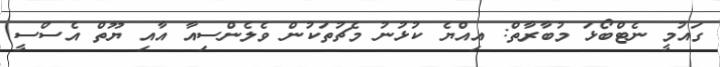
ގައުމީ ނެޓްބޯޅަ މުބާރާތް: އިއްޔެ ކުޅުނު މެޗުތަކުން ވެލެންސިއާ އާއި ޔޫތް އެސްސީ